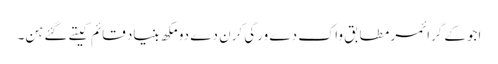
اجوکے گرائمر مطابق واک دے ورگی کرن دے دو مکھ بنیاد قائم کیتے گئے ہن۔